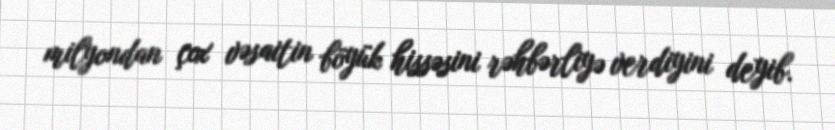
milyondan çox vəsaitin böyük hissəsini rəhbərliyə verdiyini deyib.